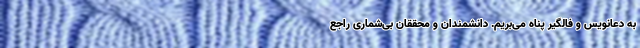
به دعانویس و فالگیر پناه می‌بریم. دانشمندان و محققان بی‌شماری راجع